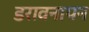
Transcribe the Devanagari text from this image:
डरावनापन